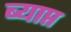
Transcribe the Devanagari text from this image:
ब्याप्त